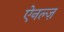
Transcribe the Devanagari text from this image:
ऐनल्ज़